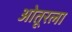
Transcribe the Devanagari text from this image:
ओतूरला